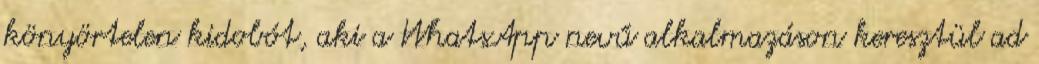
könyörtelen kidobót, aki a WhatsApp nevű alkalmazáson keresztül ad